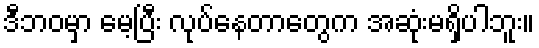
ဒီဘဝမှာ မေ့ပြီး လုပ်နေတာတွေက အဆုံးမရှိပါဘူး။